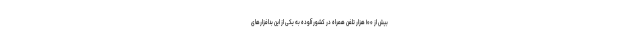
بیش از ۱۰۰ هزار تلفن همراه در کشور آلوده به یکی از این بدافزارهای